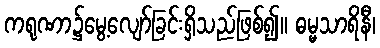
ကရုဏာ၌မွေ့လျော်ခြင်းရှိသည်ဖြစ်၍။ ဓမ္မသာရိနီ၊